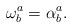
LaTeX: \begin{align*}\mathbf{\omega }_{b}^{a}=\mathbf{\alpha }_{b}^{a}.\end{align*}